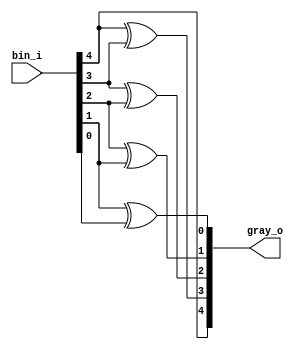
// Binary to gray code

module B2G_design (
  input     wire[4:0] bin_i,
  output    wire[4:0] gray_o

);

  assign gray_o[4] = bin_i[4];

  genvar i;
  for (i=5-2; i>=0; i=i-1)
    assign gray_o[i] = bin_i[i+1] ^ bin_i[i];

endmodule